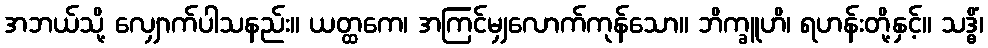
အဘယ်သို့ လျှောက်ပါသနည်း။ ယတ္ထကေ၊ အကြင်မျှလောက်ကုန်သော။ ဘိက္ခူဟိ၊ ရဟန်းတို့နှင့်။ သဒ္ဓိံ၊